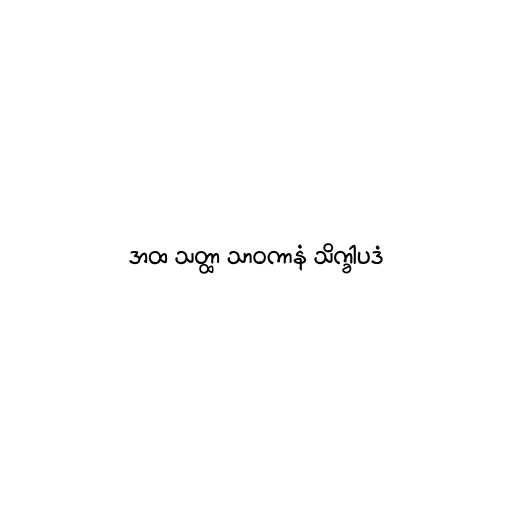
အထ သတ္ထာ သာဝကာနံ သိက္ခါပဒံ